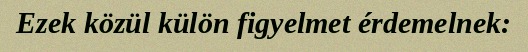
Ezek közül külön figyelmet érdemelnek: